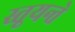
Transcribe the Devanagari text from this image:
स्तूयन्ते